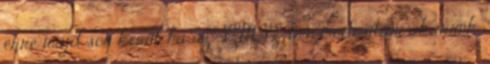
erre majd sor kerül, ha az SZMSZ-ben módosítani akarunk,